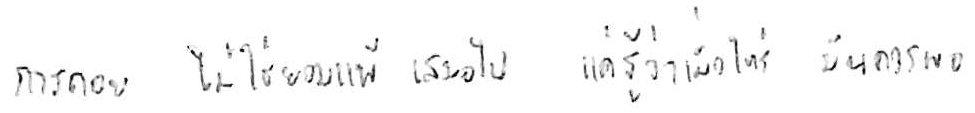
การถอย ไม่ใช่ยอมแพ้ เสมอไป แค่รู้ว่าเมื่อไหร่ มันควรพอ